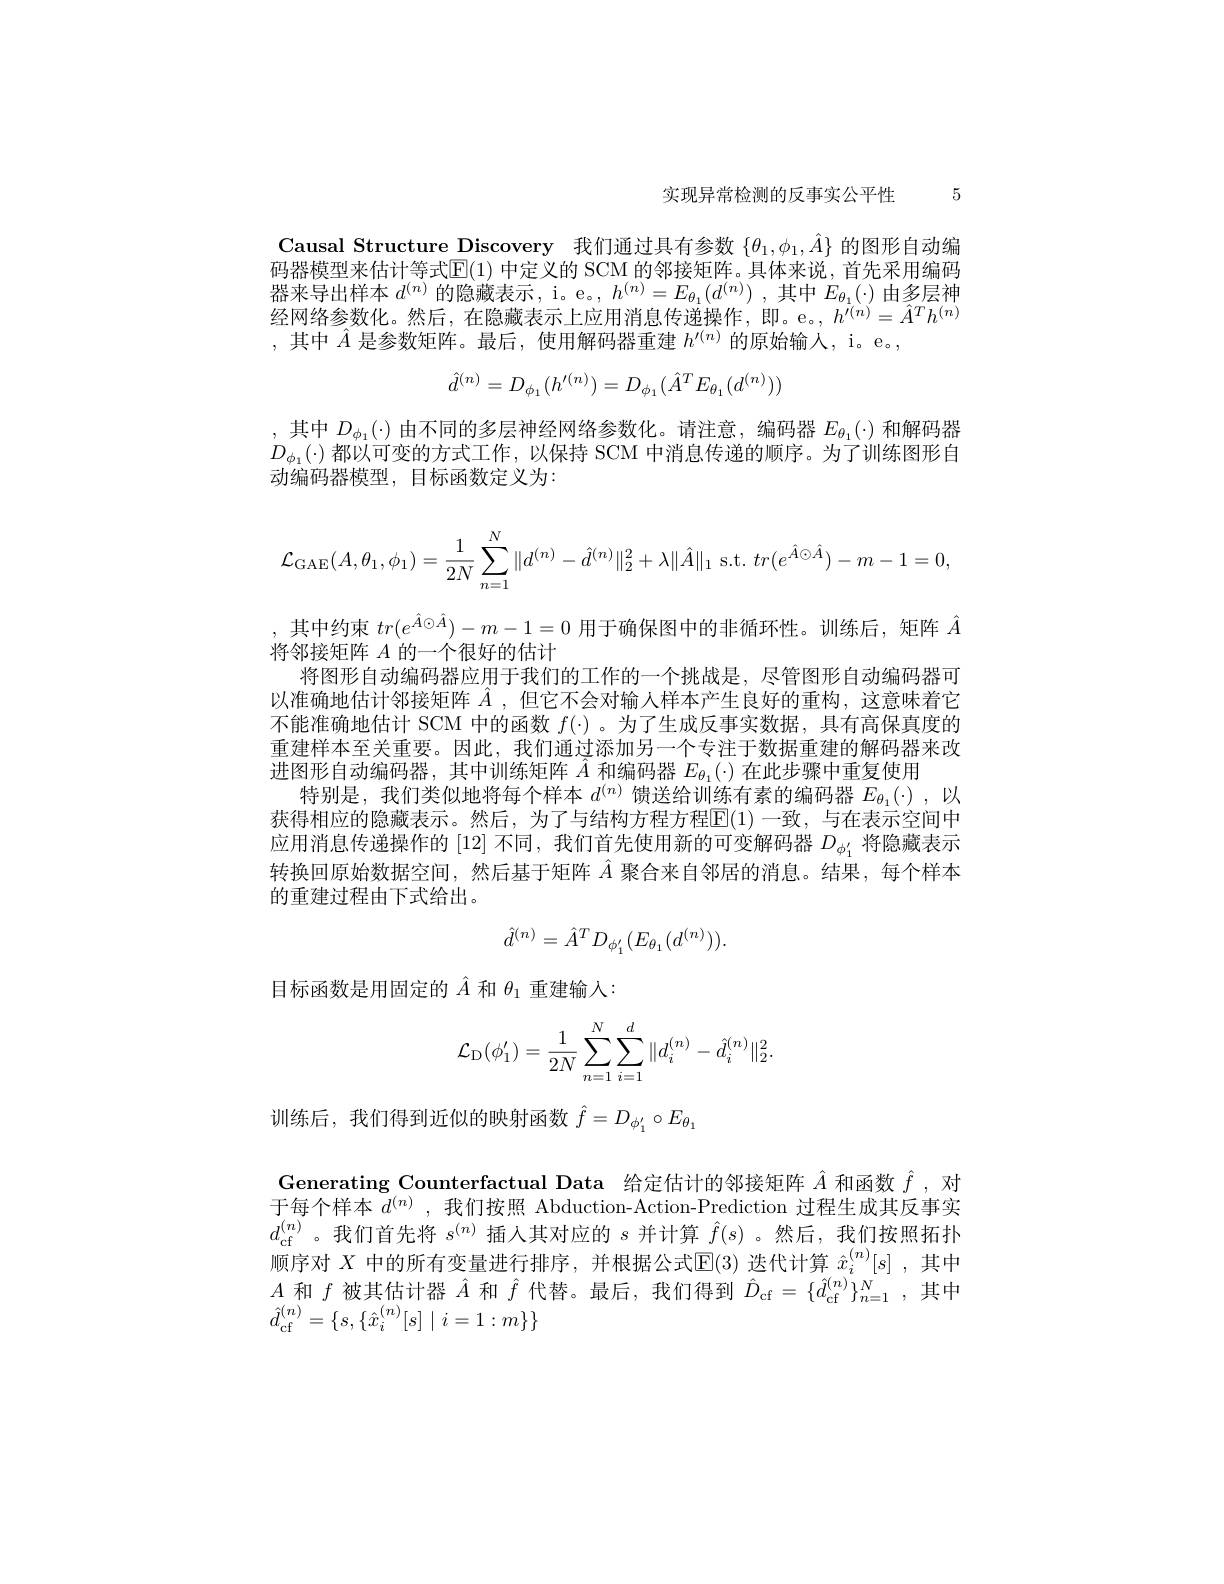
实现异常检测的反事实公平性 5

Causal Structure Discovery 我们通过具有参数$\{\theta_1,\phi_1,\hat{A}\}$的图形自动编码器模型来估计等式$\mathbb{E}(1)$ 中定义的 SCM 的邻接矩阵。具体来说，首先采用编码器来导出样本$d^{(n)}$的隐藏表示，i。e。, $h^{(n)}=E_{\theta_1}(d^{(n)})$ ,其中$E_{\theta_1}(\cdot)$由多层神经网络参数化。然后，在隐藏表示上应用消息传递操作，即。e。$h^{\prime(n)}=\hat{A}^Th^{(n)}$ ,其中$\hat{A}$是参数矩阵。最后，使用解码器重建$h^\prime(n)$的原始输人，i。e。,
$$\hat{d}^{(n)}=D_{\phi_{1}}(h^{\prime(n)})=D_{\phi_{1}}(\hat{A}^{T}E_{\theta_{1}}(d^{(n)}))$$
$\begin{array}{l},\text{ 其中 }D_{\phi_1}(\cdot)\text{ 由不同的多层神经网络参数化。请注意，编码器 }E_{\theta_1}(\cdot)\text{ 和解码器}\\D_{\phi_1}(\cdot)\text{ 都以可变的方式工作，以保持 SCM 中消息传递的顺序。为了训练图形自}\end{array}$
动编码器模型，目标函数定义为：
$$\mathcal{L}_{\mathrm{GAE}}(A,\theta_1,\phi_1)=\dfrac{1}{2N}\sum_{n=1}^N\|d^{(n)}-\hat{d}^{(n)}\|_2^2+\lambda\|\hat{A}\|_1\text{s.t.}tr(e^{\hat{A}\odot\hat{A}})-m-1=0,$$
,其中约束$tr(e^{\hat{A}\odot\hat{A}})-m-1=0$用于确保图中的非循环性。训练后，矩阵$\hat{A}$
将邻接矩阵$A$的一个很好的估计
将图形自动编码器应用于我们的工作的一个挑战是，尽管图形自动编码器可以准确地估计邻接矩阵$\hat{A}$ ,但它不会对输入样本产生良好的重构，这意味着它不能准确地估计 SCM 中的函数$f(\cdot)$ 。为了生成反事实数据，具有高保真度的重建样本至关重要。因此，我们通过添加另一个专注于数据重建的解码器来改进图形自动编码器，其中训练矩阵$\hat{A}$和编码器$E_{\theta_1}(\cdot)$在此步骤中重复使用
特别是，我们类似地将每个样本$d^{(n)}$馈送给训练有素的编码器$E_{\theta_1}(\cdot)$,以获得相应的隐藏表示。然后，为了与结构方程方程[E](1)一致，与在表示空间中应用消息传递操作的 [12] 不同，我们首先使用新的可变解码器$D_{\phi_1^{\prime}}$将隐藏表示转换回原始数据空间，然后基于矩阵$\hat{A}$聚合来自邻居的消息。结果，每个样本的重建过程由下式给出。
$$\hat{d}^{(n)}=\hat{A}^TD_{\phi_1^{\prime}}(E_{\theta_1}(d^{(n)})).$$
目标函数是用固定的$\hat{A}$和$\theta_1$重建输入：
$$\begin{aligned}\mathcal{L}_{\mathrm{D}}(\phi_1')=\frac{1}{2N}\sum_{n=1}^{N}\sum_{i=1}^{d}\|d_i^{(n)}-\hat{d}_i^{(n)}\|_2^2.\end{aligned}$$
训练后，我们得到近似的映射函数$\hat{f}=D_{\phi_1^{\prime}}\circ E_{\theta_1}$

Generating Counterfactual Data 给定估计的邻接矩阵$\hat{A}$和函数$\hat{f}$ ,对于每个样本$d^{(n)}$,我们按照 Abduction-Action-Prediction 过程生成其反事实$d_{\mathrm{cf}}^{(n)}$。我们首先将$s^{(n)}$插人其对应的$s$并计算$\hat{f}(s)$ 。然后，我们按照拓扑顺序对 $X$ 中的所有变量进行排序，并根据公式$\mathbb{E}(3)$ 迭代计算 $\hat{x}_i^{(n)}[s]$,其中$A$和$f$被其估计器$\hat{A}$和$\hat{f}$代替。最后，我们得到$\hat{D}_\mathrm{cf}=\{\hat{d}_\mathrm{cf}^{(n)}\}_{n=1}^N$,其中$\hat{d}_{\mathrm{cf}}^{(n)}=\{s,\{\hat{x}_{i}^{(n)}[s]\mid i=1:m\}\}$